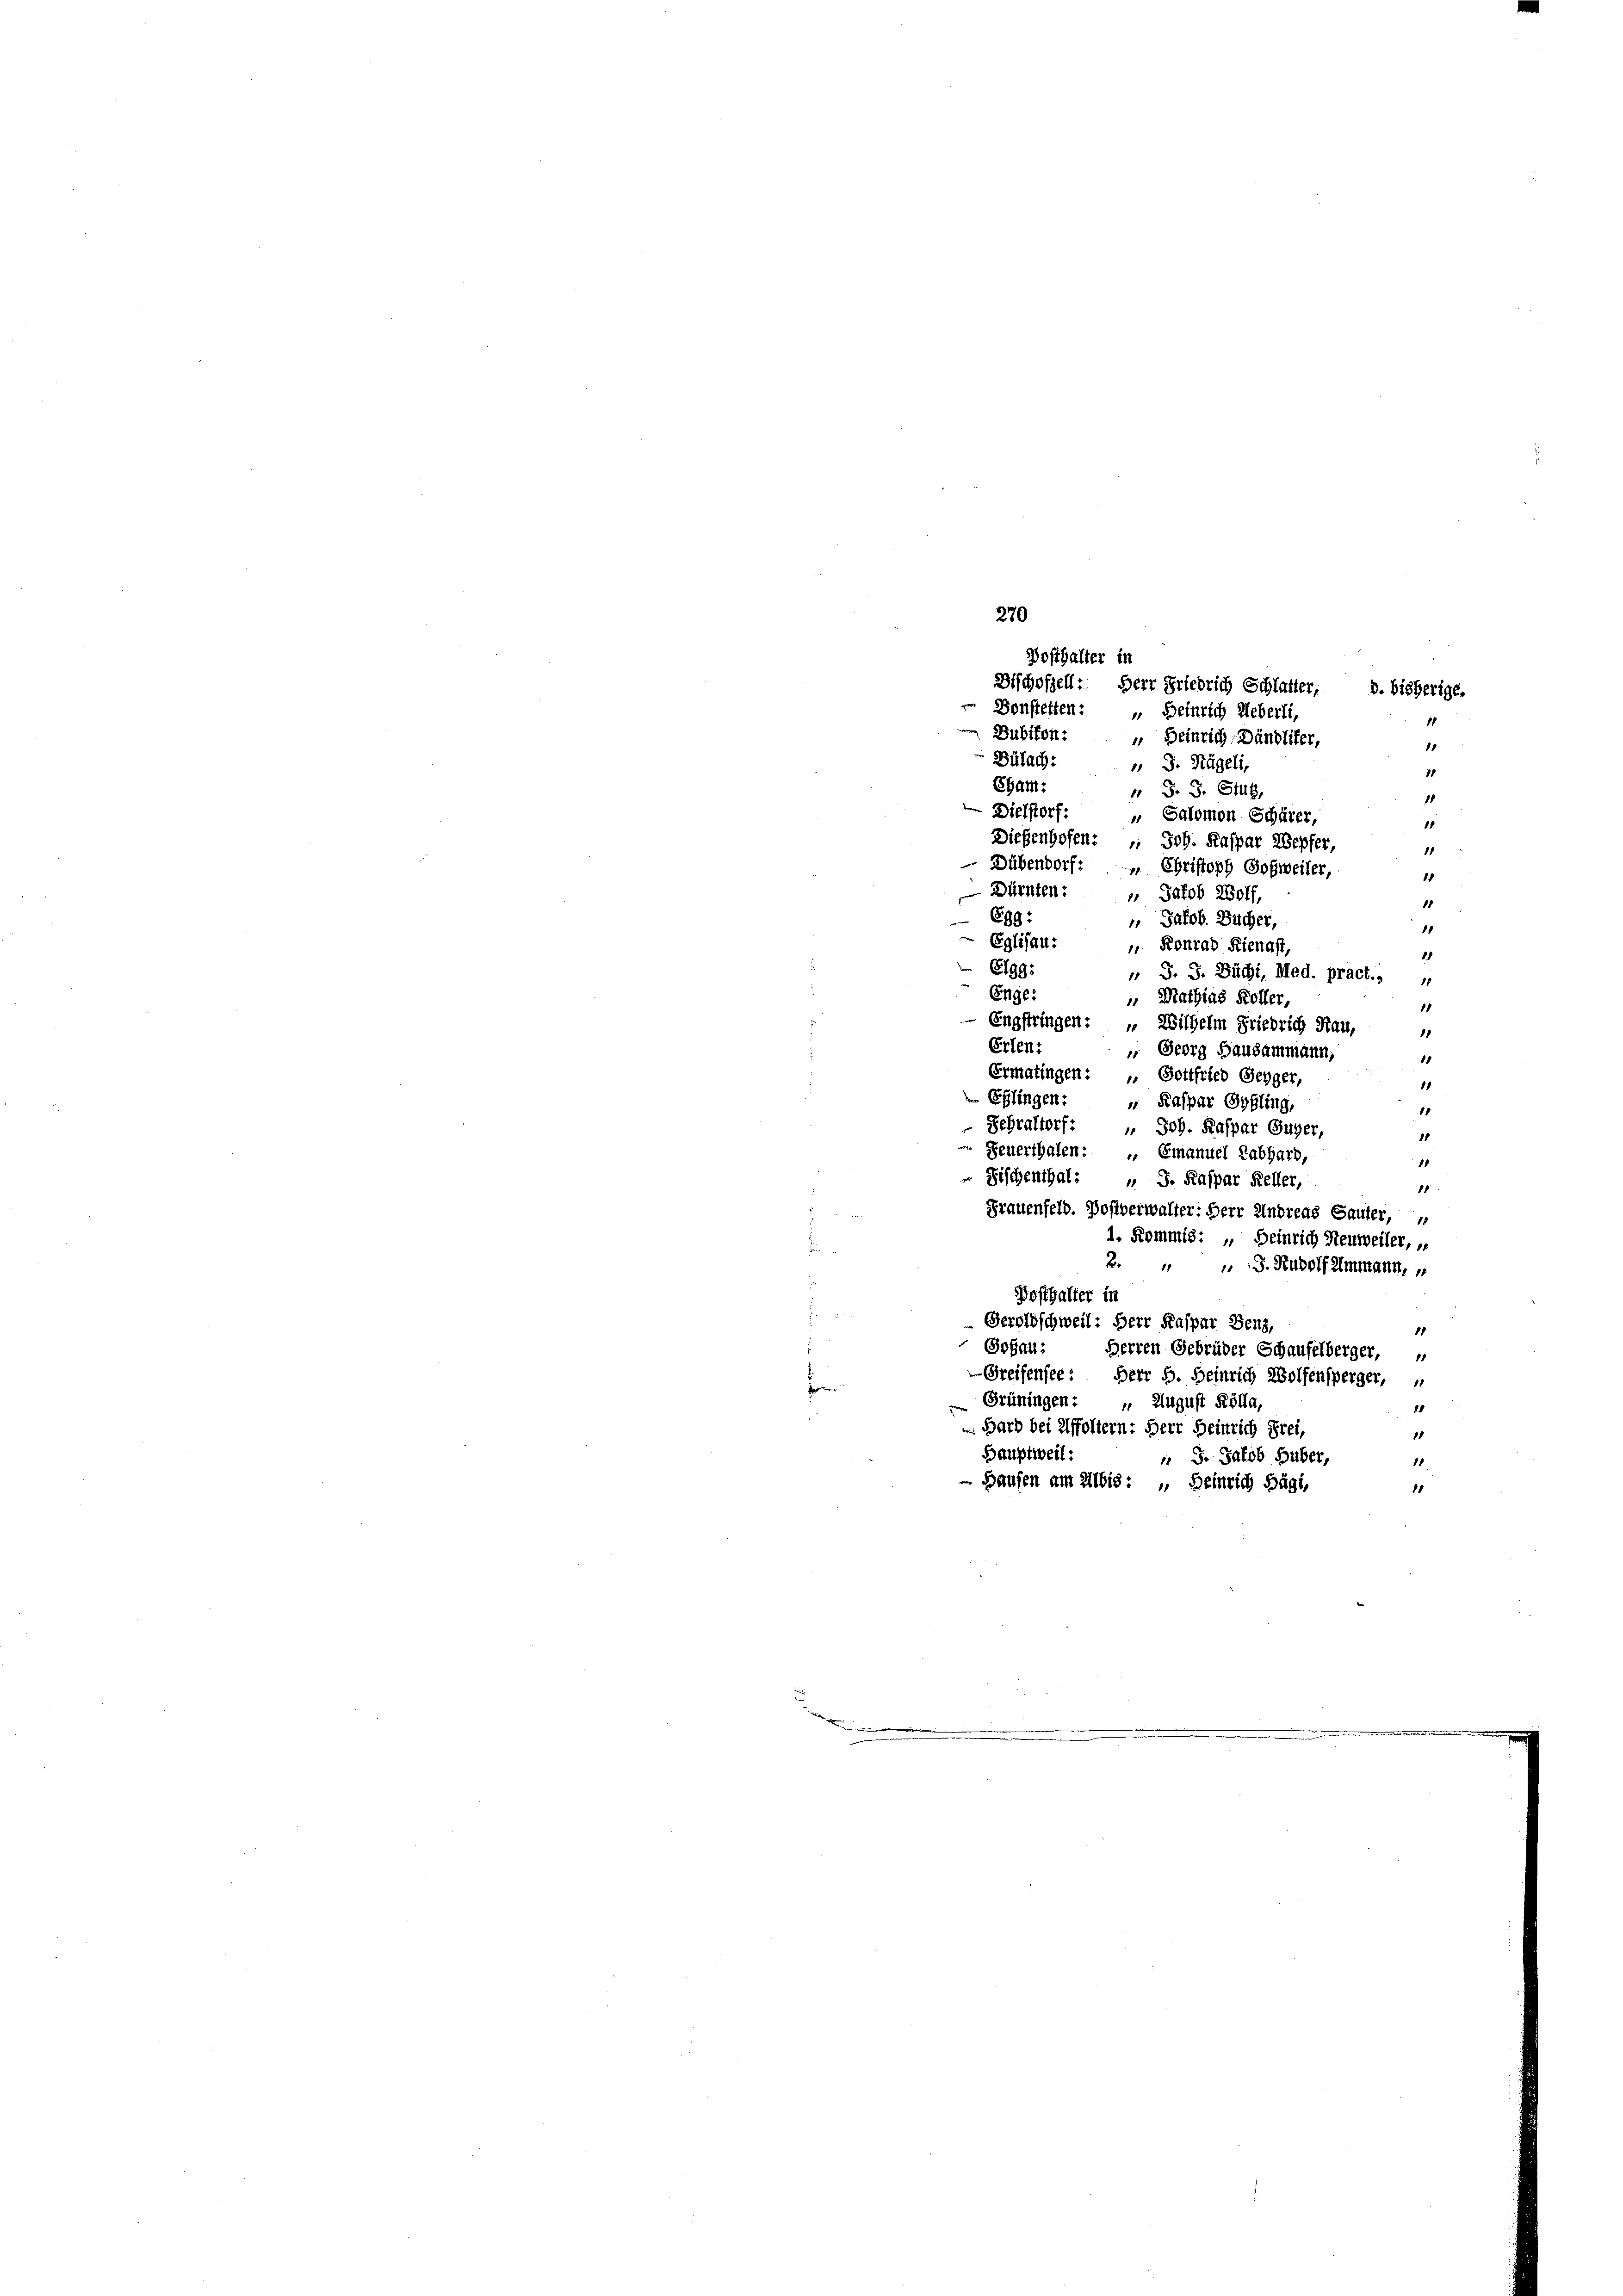
.

270
Bosthalter in
Bonstetten: „Heinrich Ueberli,
1
Bubikon: " Heinrich, Dändliker,
18
Bülach:
 J. Nägeli,
18
Sam:
 F. J. Stub
1
Dielstorf:
„ Salomon Schärer,
88
Diesenhofen: " Joh. Kaspar Wepfer,
11
Dübendorf: „ Christoph Soßweiler,
10
Dürnten:
 Jakob Wolf,
11
699:
 Jakob. Bücher,
1
 Eglisau:
 Konrad Kienast,
1
6199:
" J. J. Büchi, Med. pract.,
18
Enge.
 Mathias Koller,
11
 Engstringen: „Wilhelm Friedrich Hau,
11
Erlen.
 Georg Hausammann,
11
Ermatingen: „ Gottfried Gegger,
1
d
 Eglingen:
 Kaspar Syfling,
18
Fehraltorf: „ Joh. Kaspar Guger,
18
Feuerthalen:  Emanuel Labhard,
1
n
Fischenthal: " J. Kaspar Keller,
8
d
Frauenfeld. Postverwalter: Herr Andreas Sauter, „
d
1. Kommis: „ Heinrich Steuweiler,
2. " " J. Rudolf Ammann,
Bosthalter in
 2
Geroldschweil: Herr Kaspar Benz,
8.
Goßau;
Herren Gebrüder Schaufelberger, „
 Greifensee: Herr B. Heinrich Wolfensperger, „
r
Grüningen: „ August Kölla,
88
Bard bei Affoltern: Herr Heinrich Frei
18
Hauptweil:
 J. Jakob Huber,
11
Hausen am Albis: „ Heinrich Bägi,
1

Dischofzell. Herr Friedrich Schlafter, D. bisherige.